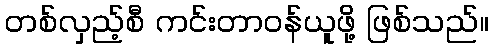
တစ်လှည့်စီ ကင်းတာဝန်ယူဖို့ ဖြစ်သည်။